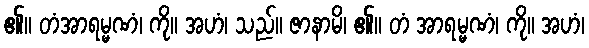
၏။ တံအာရမ္မဏံ၊ ကို။ အဟံ၊ သည်။ ဇာနာမိ၊ ၏။ တံ အာရမ္မဏံ၊ ကို။ အဟံ၊